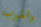
والهرب